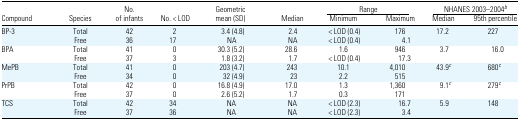
<table><thead><tr><td rowspan="2"><b>Compound</b></td><td rowspan="2"><b>Species</b></td><td rowspan="2"><b>No. of infants</b></td><td rowspan="2"><b>No. &lt; LOD</b></td><td rowspan="2"><b>Geometric mean (SD)</b></td><td rowspan="2"><b>Median</b></td><td colspan="2"><b>Range</b></td><td colspan="2"><b>NHANES 2003–2004b</b></td></tr><tr><td><b>Minimum</b></td><td><b>Maximum</b></td><td><b>Median</b></td><td><b>95th percentile</b></td></tr></thead><tbody><tr><td>BP-3</td><td>Total</td><td>42</td><td>2</td><td>3.4 (4.8)</td><td>2.4</td><td>&lt; LOD (0.4)</td><td>176</td><td>17.2</td><td>227</td></tr><tr><td></td><td>Free</td><td>36</td><td>17</td><td>NA</td><td>NA</td><td>&lt; LOD (0.4)</td><td>4.1</td><td></td><td></td></tr><tr><td>BPA</td><td>Total</td><td>41</td><td>0</td><td>30.3 (5.2)</td><td>28.6</td><td>1.6</td><td>946</td><td>3.7</td><td>16.0</td></tr><tr><td></td><td>Free</td><td>37</td><td>3</td><td>1.8 (3.2)</td><td>1.7</td><td>&lt; LOD (0.4)</td><td>17.3</td><td></td><td></td></tr><tr><td>MePB</td><td>Total</td><td>41</td><td>0</td><td>203 (4.7)</td><td>243</td><td>10.1</td><td>4,010</td><td>43.9c</td><td>680c</td></tr><tr><td></td><td>Free</td><td>34</td><td>0</td><td>32 (4.9)</td><td>23</td><td>2.2</td><td>515</td><td></td><td></td></tr><tr><td>PrPB</td><td>Total</td><td>42</td><td>0</td><td>16.8 (4.9)</td><td>17.0</td><td>1.3</td><td>1,360</td><td>9.1c</td><td>279c</td></tr><tr><td></td><td>Free</td><td>37</td><td>0</td><td>2.6 (5.2)</td><td>1.7</td><td>0.3</td><td>171</td><td></td><td></td></tr><tr><td>TCS</td><td>Total</td><td>42</td><td>34</td><td>NA</td><td>NA</td><td>&lt; LOD (2.3)</td><td>16.7</td><td>5.9</td><td>148</td></tr><tr><td></td><td>Free</td><td>37</td><td>36</td><td>NA</td><td>NA</td><td>&lt; LOD (2.3)</td><td>3.4</td><td></td><td></td></tr></tbody></table>